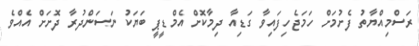
ރަސްމިއްޔާތު ފެށުމަށް ހަމަޖެހިފައިވާ ގަޑިއާ ދިމާކޮށް އެމްޑީޕީ ބަޔަކު ނަސަންދުރާ ދޮށަށް އެއްވެ